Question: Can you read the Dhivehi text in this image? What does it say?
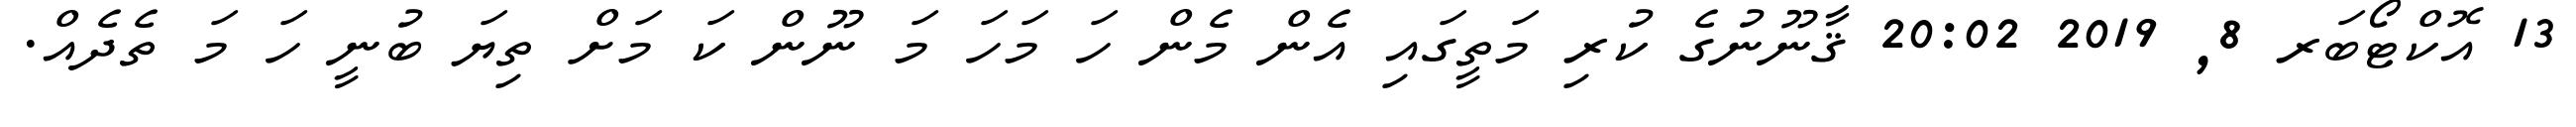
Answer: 13 އޮކްޓޯބަރ 8, 2019 20:02 ޤާނޫނުގެ ކުރި މަތީގައި އެން މެން ހަ މަހަ މަ ނޫން ކަ މަށް ތިޔަ ބުނީ ހަ މަ ތެދެއް.